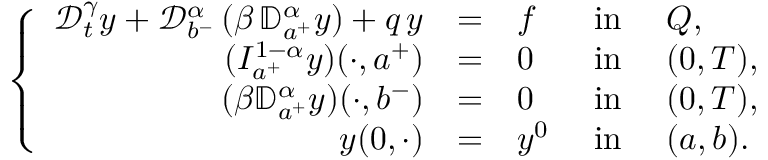
\left\{ \begin{array} { r l l l l l l l l l } { \mathcal { D } _ { t } ^ { \gamma } y + \displaystyle { \mathcal D } _ { b ^ { - } } ^ { \alpha } \, ( \beta \, { \mathbb D } _ { a ^ { + } } ^ { \alpha } y ) + q \, y } & { = } & { f } & { \mathrm { ~ i n ~ } } & { Q , } \\ { \displaystyle ( I _ { a ^ { + } } ^ { 1 - \alpha } y ) ( \cdot , a ^ { + } ) } & { = } & { 0 } & { \mathrm { ~ i n ~ } } & { ( 0 , T ) , } \\ { \displaystyle ( \beta { \mathbb D } _ { a ^ { + } } ^ { \alpha } y ) ( \cdot , b ^ { - } ) } & { = } & { 0 } & { \mathrm { ~ i n ~ } } & { ( 0 , T ) , } \\ { y ( 0 , \cdot ) } & { = } & { y ^ { 0 } } & { \mathrm { ~ i n ~ } } & { ( a , b ) . } \end{array} \right.